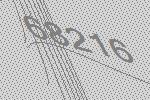
68216